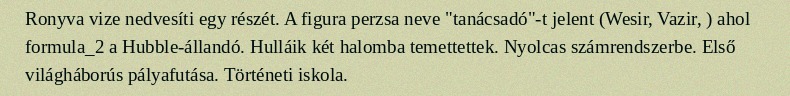
Ronyva vize nedvesíti egy részét. A figura perzsa neve "tanácsadó"-t jelent (Wesir, Vazir, ) ahol formula_2 a Hubble-állandó. Hulláik két halomba temettettek. Nyolcas számrendszerbe. Első világháborús pályafutása. Történeti iskola.